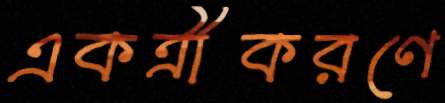
একত্রীকরণে